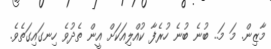
މާޒިން. މަ މަ.. ބުނެ ބުނެ ހުރެފާ ކުއްލިއަކަށް އީން ތެދުވެ ހިނގައިގަތެވެ.